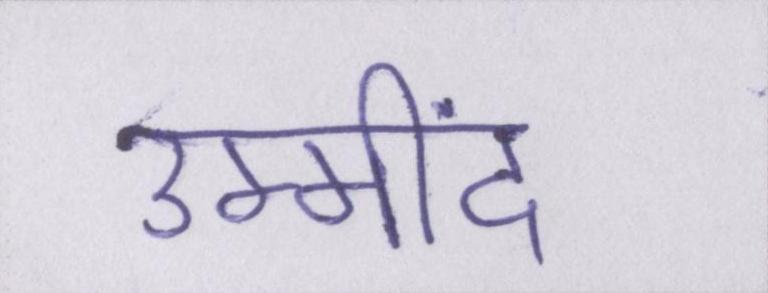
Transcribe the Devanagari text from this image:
उम्मींद